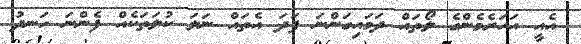
އެއީ އަހަރެމެންގެ ލޯތައް ދަމައިގަންނަ ފަދަ އެތައް ނަލަ ކުލަތަކެއް ފެންނަ ހަނދު